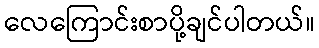
လေကြောင်းစာပို့ချင်ပါတယ်။